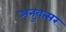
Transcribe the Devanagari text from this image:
अनुवत्सर